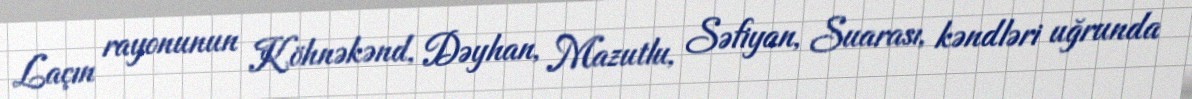
Laçın rayonunun Köhnəkənd, Dəyhan, Mazutlu, Səfiyan, Suarası, kəndləri uğrunda